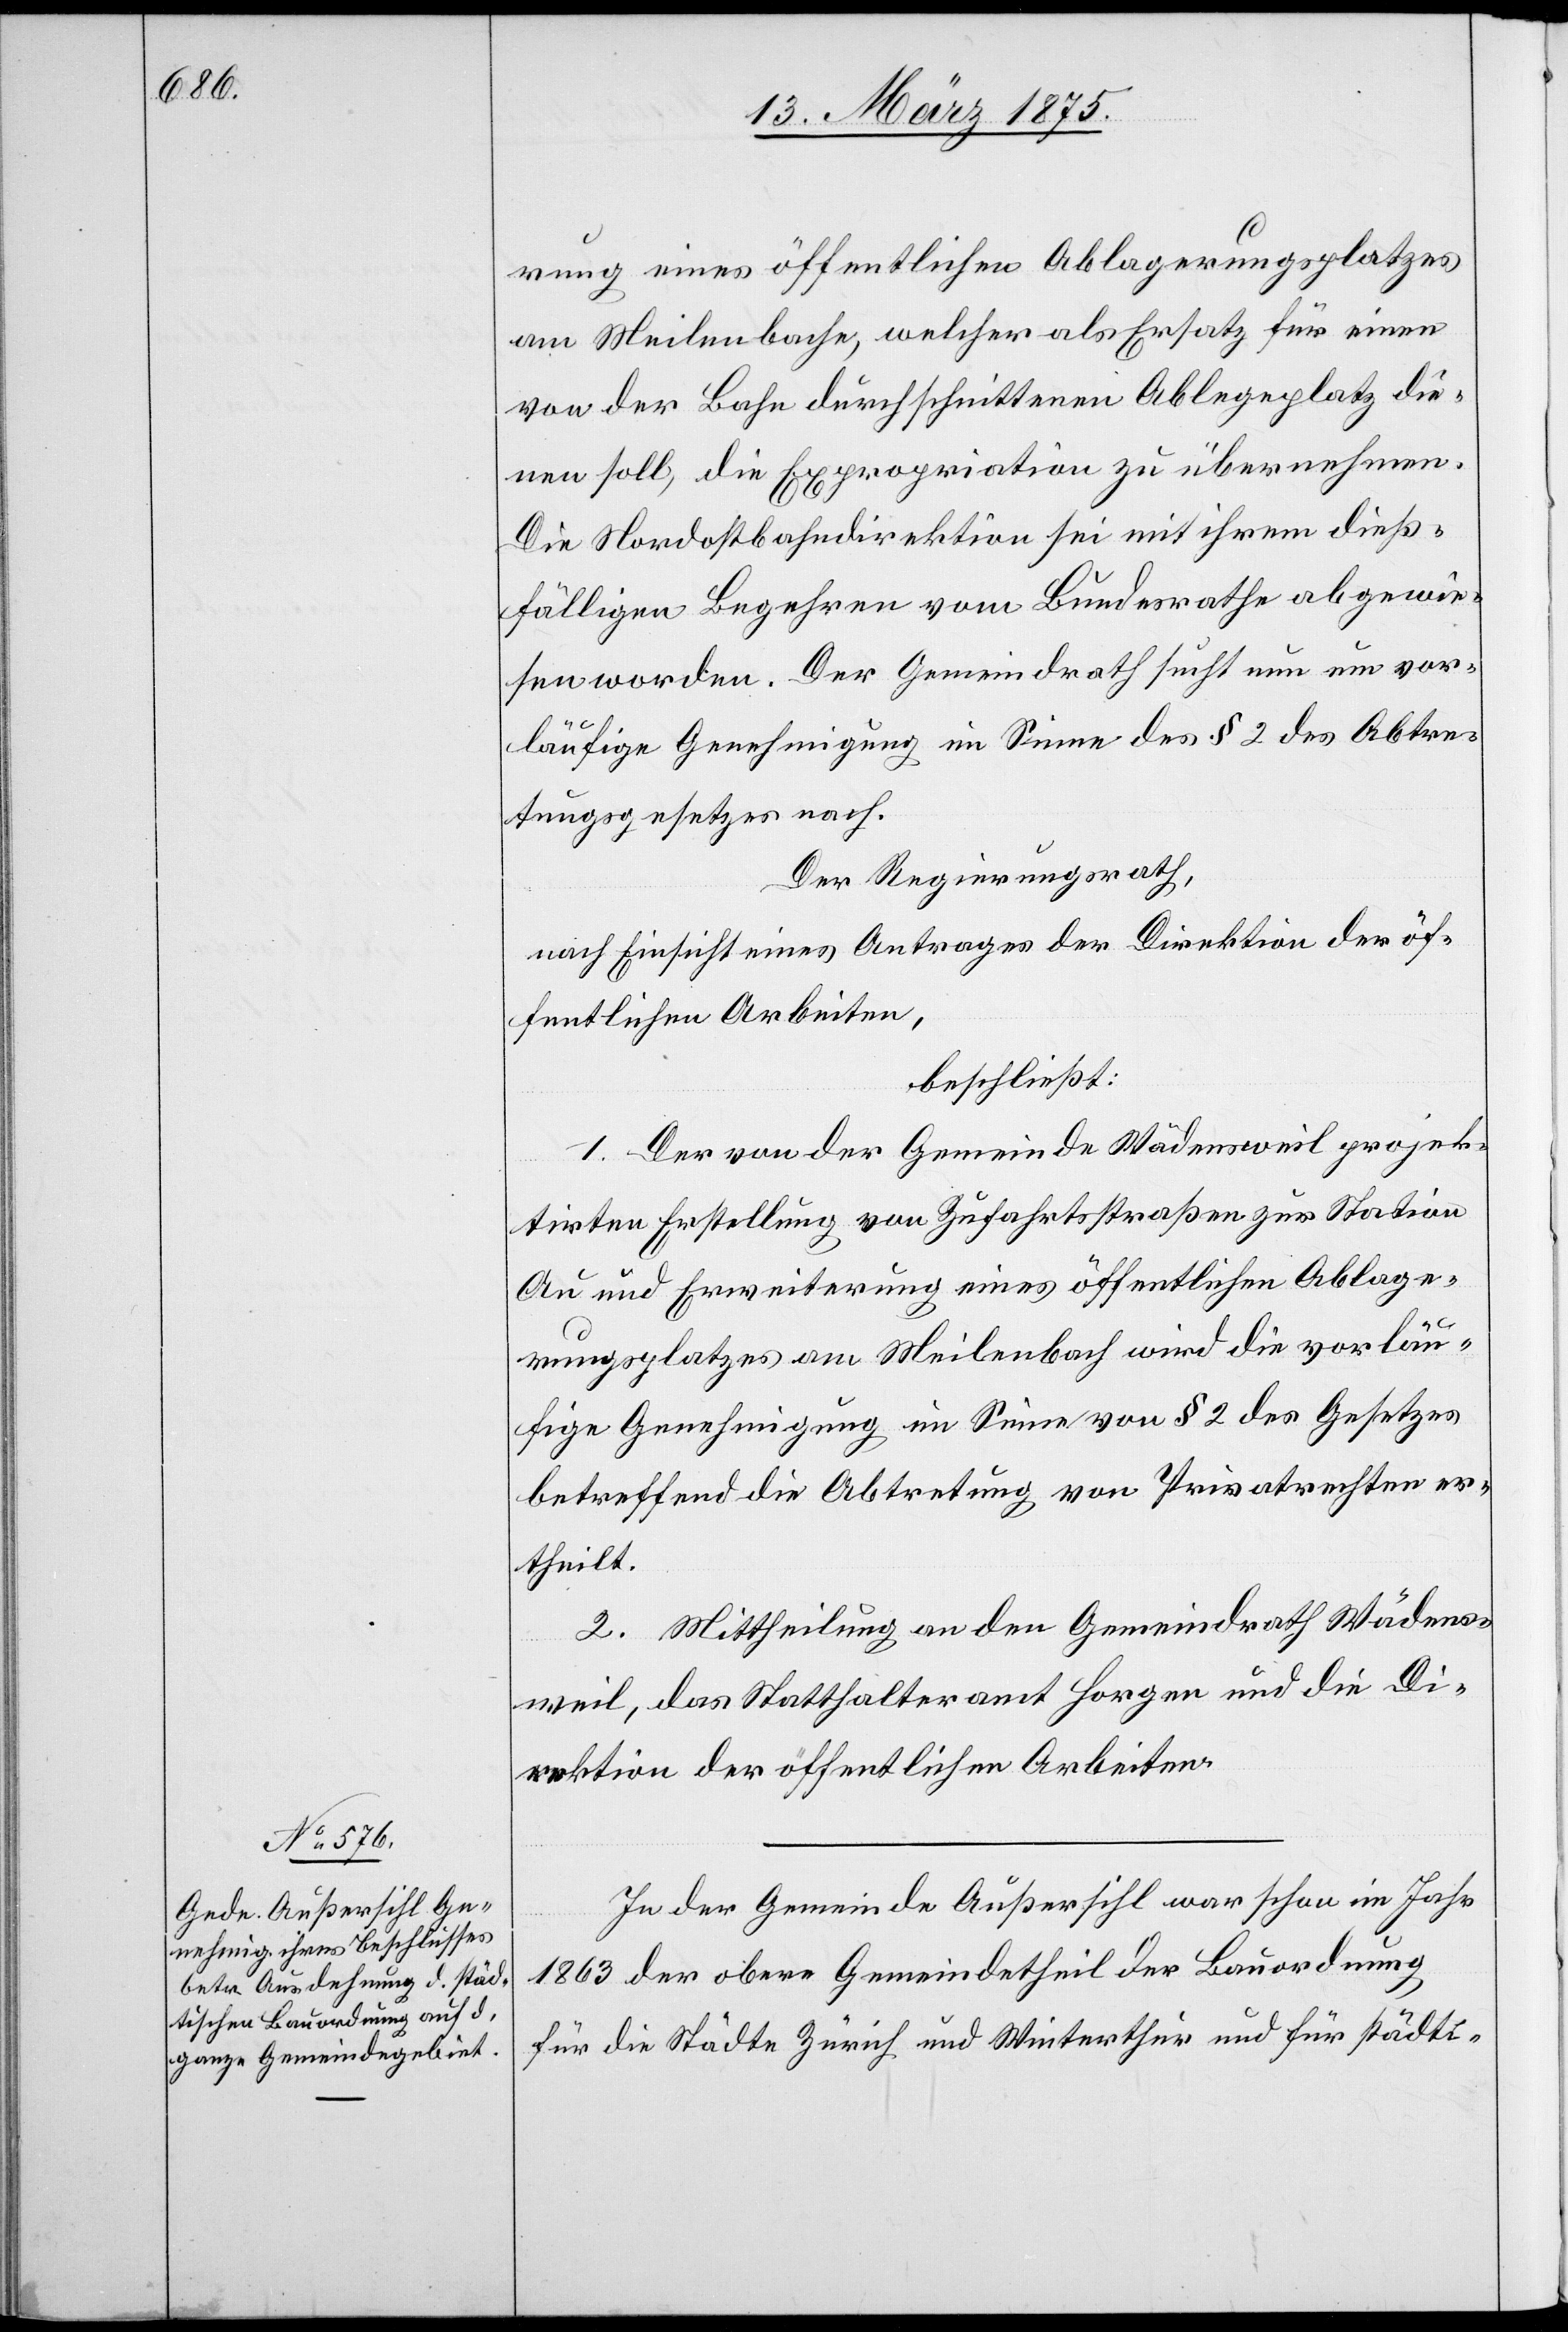
rung eines öffentlichen Ablagerungsplatzes
am Meilenbache, welcher als Ersatz für einen
von der Bahn durchschnittenen Ablageplatz die¬
nen soll, die Expropriation zu übernehmen.
Die Nordostbahndirektion sei mit ihrem dieß¬
fälligen Begehren vom Bundesrathe abgewie¬
sen worden. Der Gemeinderath sucht nun um vor¬
läufige Genehmigung im Sinne des § 2 des Abtre¬
tungsgesetzes nach.
Der Regierungsrath,
nach Einsicht eines Antrages der Direktion der öf¬
fentlichen Arbeiten,
beschließt:
1. Der von der Gemeinde Wädensweil projek¬
tirten Erstellung von Zufahrtsstraßen zur Station
Au und Erweiterung eines öffentlichen Ablage¬
rungsplatzes am Meilenbach wird die vorläu¬
fige Genehmigung im Sinne von § 2 des Gesetzes
betreffend die Abtretung von Privatrechten er¬
theilt.
2. Mittheilung an den Gemeinderath Wädens¬
weil, das Statthalteramt Horgen und die Di¬
rektion der öffentlichen Arbeiten.
In der Gemeinde Außersihl war schon im Jahr
1863 der obere Gemeindetheil der Bauordnung
für die Städte Zürich und Winterthur und für städti-